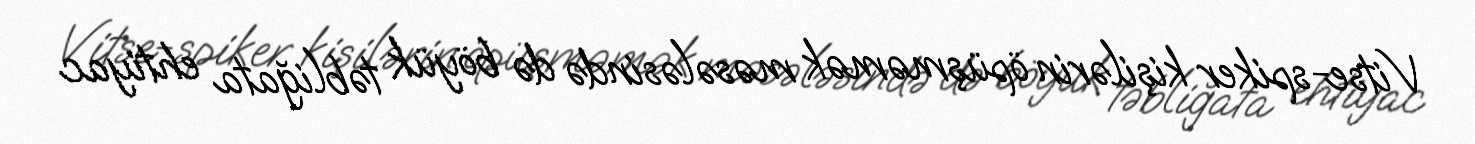
Vitse-spiker kişilərin öpüşməmək məsələsində də böyük təbliğata ehtiyac